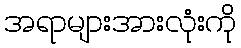
အရာများအားလုံးကို